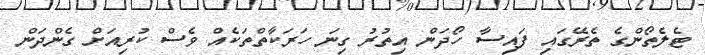
ޓެލެތޯންގެ ތެރޭގައި ފައިސާ ހޯދަން އިތުރު ގިނަ ހަރަކާތްތަކެއް ވެސް ކުރިއަށް ގެންދަން